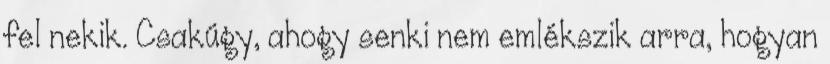
fel nekik. Csakúgy, ahogy senki nem emlékszik arra, hogyan